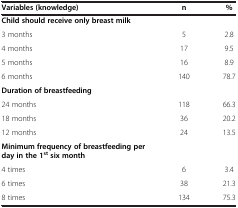
<table><thead><tr><td><b>Variables (knowledge)</b></td><td><b>n</b></td><td><b>%</b></td></tr></thead><tbody><tr><td><b>Child should receive only breast milk</b></td><td> </td><td> </td></tr><tr><td>3 months</td><td>5</td><td>2.8</td></tr><tr><td>4 months</td><td>17</td><td>9.5</td></tr><tr><td>5 months</td><td>16</td><td>8.9</td></tr><tr><td>6 months</td><td>140</td><td>78.7</td></tr><tr><td><b>Duration of breastfeeding</b></td><td> </td><td> </td></tr><tr><td>24 months</td><td>118</td><td>66.3</td></tr><tr><td>18 months</td><td>36</td><td>20.2</td></tr><tr><td>12 months</td><td>24</td><td>13.5</td></tr><tr><td><b>Minimum frequency of breastfeeding per day in the 1</b><sup><b>st </b></sup><b>six month</b></td><td> </td><td> </td></tr><tr><td>4 times</td><td>6</td><td>3.4</td></tr><tr><td>6 times</td><td>38</td><td>21.3</td></tr><tr><td>8 times</td><td>134</td><td>75.3</td></tr></tbody></table>